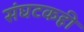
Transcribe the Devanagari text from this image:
संघटकही